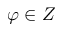
\varphi \in Z